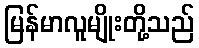
မြန်မာလူမျိုးတို့သည်